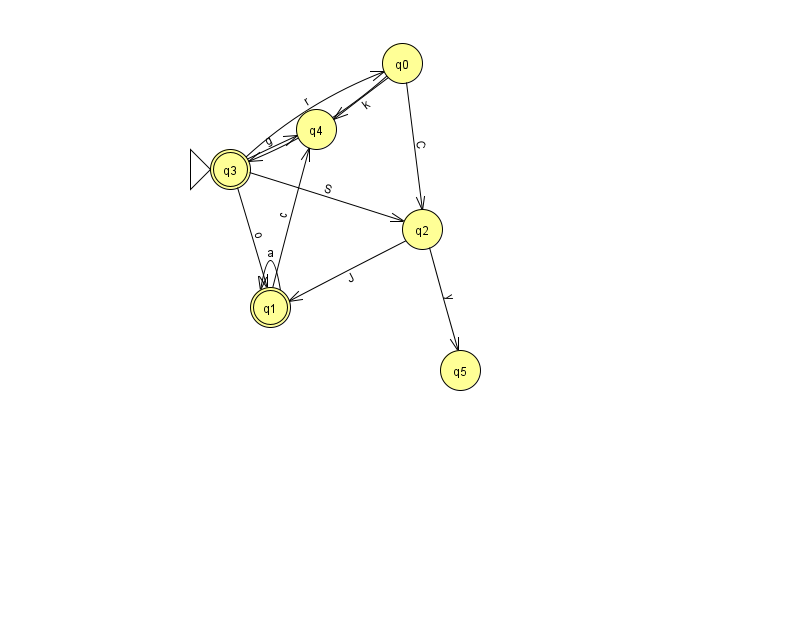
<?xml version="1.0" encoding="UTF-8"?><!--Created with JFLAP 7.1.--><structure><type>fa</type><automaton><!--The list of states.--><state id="0" name="q0"><x>402.0</x><y>50.0</y></state><state id="1" name="q1"><x>270.0</x><y>294.0</y><final/></state><state id="2" name="q2"><x>422.0</x><y>216.0</y></state><state id="3" name="q3"><x>230.0</x><y>156.0</y><initial/><final/></state><state id="4" name="q4"><x>316.0</x><y>116.0</y></state><state id="5" name="q5"><x>460.0</x><y>357.0</y></state><!--The list of transitions.--><transition><from>0</from><to>2</to><read>C</read></transition><transition><from>1</from><to>1</to><read>a</read></transition><transition><from>2</from><to>1</to><read>J</read></transition><transition><from>2</from><to>5</to><read>y</read></transition><transition><from>1</from><to>4</to><read>c</read></transition><transition><from>3</from><to>2</to><read>S</read></transition><transition><from>3</from><to>0</to><read>r</read></transition><transition><from>0</from><to>3</to><read>s</read></transition><transition><from>0</from><to>4</to><read>k</read></transition><transition><from>3</from><to>1</to><read>o</read></transition><transition><from>3</from><to>4</to><read>g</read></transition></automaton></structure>